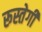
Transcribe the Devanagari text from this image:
रूस्तेगी